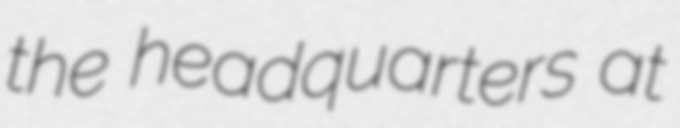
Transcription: the headquarters at